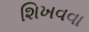
શિખવવા